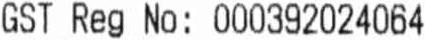
GST REG NO : 000392024064